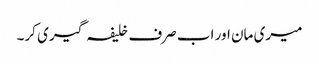
میری مان اور اب صرف خلیفہ گیری کر۔